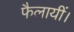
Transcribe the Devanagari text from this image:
फैलायीं।